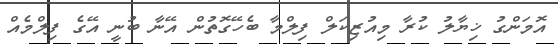
އޮމަންގު ޚިޔާލު ކުރާ މިއުޒިކަލް ފިލްމާ ބެހޭގޮތުން އޭނާ ބުނީ އޭގެ ފިލްމެއް